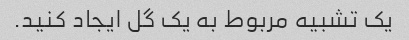
یک تشبیه مربوط به یک گل ایجاد کنید.